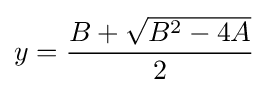
y={\frac {B+{\sqrt {B^{2}-4A}}}{2}}